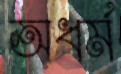
অধর্ম